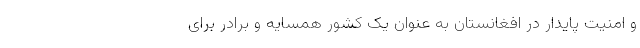
و امنیت پایدار در افغانستان به عنوان یک کشور همسایه و برادر برای